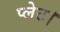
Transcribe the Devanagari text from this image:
प्लेट।